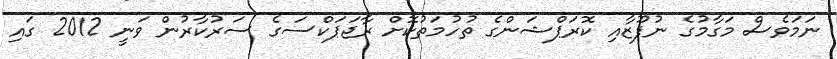
ނަމަވެސް މަގާމުގެ ނުފޫޒާއި ކޮރަޕްޝަންގެ ތުހުމަތުކޮށް ރާޖަޕަކްސަގެ ސަރުކާރުން ވަނީ 2012 ގައި